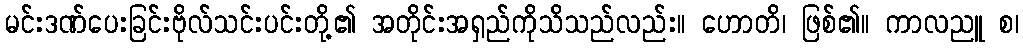
မင်းဒဏ်ပေးခြင်းဗိုလ်သင်းပင်းတို့၏ အတိုင်းအရှည်ကိုသိသည်လည်း။ ဟောတိ၊ ဖြစ်၏။ ကာလညူ စ၊